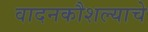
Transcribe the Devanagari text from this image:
वादनकौशल्याचे